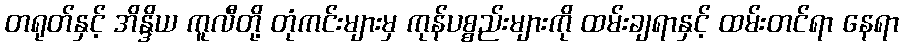
တရုတ်နှင့် အိန္ဒိယ ကူလီတို့ တုံကင်းများမှ ကုန်ပစ္စည်းများကို ထမ်းချရာနှင့် ထမ်းတင်ရာ နေရာ